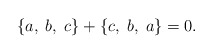
\begin{align*}\{a,\;b,\;c\}+\{c,\;b,\;a\}=0. \end{align*}